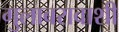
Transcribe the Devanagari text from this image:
गुलाबरावाशी